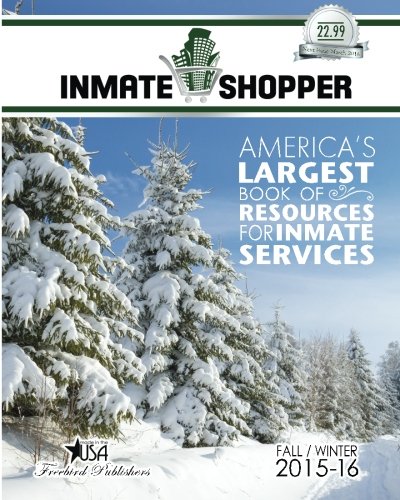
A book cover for Inmate Shopper Fall/Winter 2015-16; Freebird Publishers; Reference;